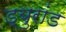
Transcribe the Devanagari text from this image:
ड्युरांड